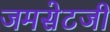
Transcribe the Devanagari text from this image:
जमसेटजी